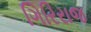
ગિરિરાજ